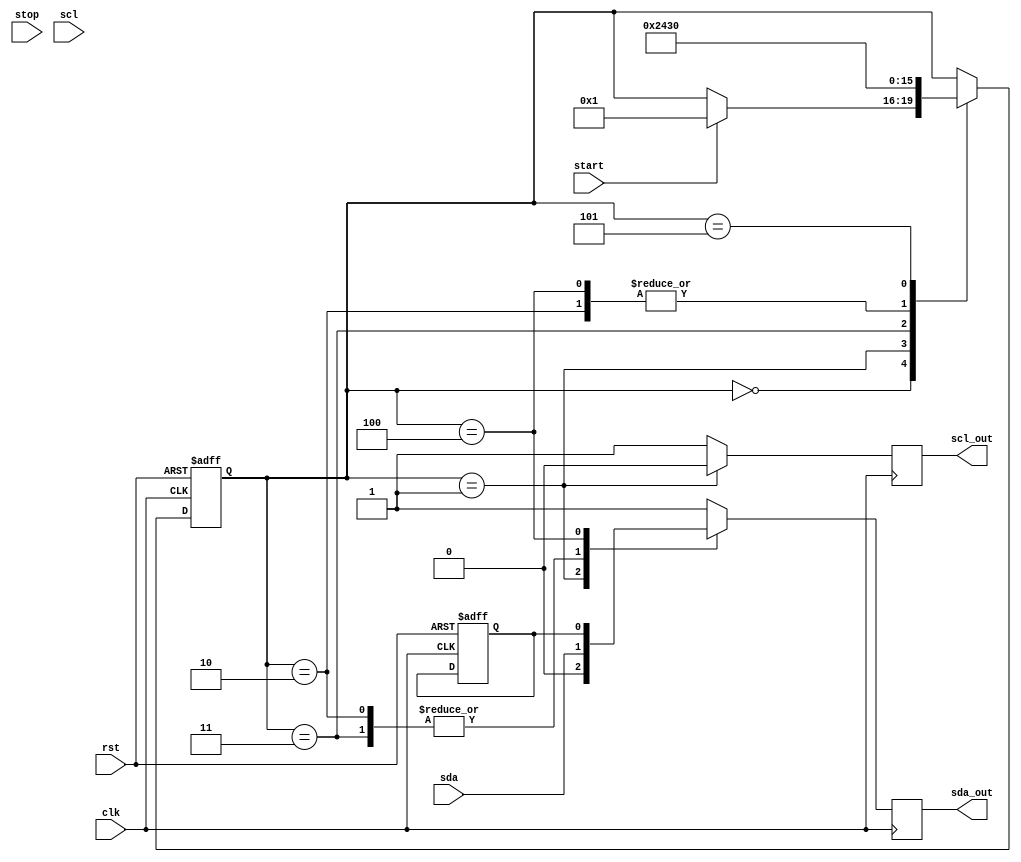
module i2c_controller (
    input wire clk,
    input wire rst,
    input wire start,
    input wire stop,
    input wire sda,
    input wire scl,
    output reg sda_out,
    output reg scl_out
);

// Clock Divider for generating SCL frequency
reg [15:0] clk_div;
reg [7:0] clk_counter;
always @(posedge clk or posedge rst) begin
    if(rst) begin
        clk_div <= 16'h0000;
        clk_counter <= 8'h00;
    end else begin
        if(clk_counter == 8'hFF)begin
            clk_counter <= 8'h00;
            clk_div <= clk_div + 1;
        end else begin
            clk_counter <= clk_counter + 1;
        end
    end
end

// I2C State Machine
reg [3:0] state;
parameter IDLE = 4'd0;
parameter START = 4'd1;
parameter ADDRESS = 4'd2;
parameter DATA = 4'd3;
parameter ACK = 4'd4;
parameter STOP = 4'd5;
always @(posedge clk or posedge rst) begin
    if(rst) begin
        state <= IDLE;
    end else begin
        case(state)
            IDLE: begin
                if (start) begin
                    state <= START;
                end
            end
            START: begin
                // generate START condition
                state <= ADDRESS;
            end
            ADDRESS: begin
                // send address of slave device
                state <= DATA;
            end
            DATA: begin
                // transmit/receive data
                state <= ACK;
            end
            ACK: begin
                // check ACK bit
                state <= DATA;
            end
            STOP: begin
                // generate STOP condition
                state <= IDLE;
            end
        endcase
    end
end

// Handshaking signals
reg ack;
always @(posedge clk or posedge rst) begin
    if(rst) begin
        ack <= 1'b0;
    end else begin
        // handle ACK/NACK signals
    end
end

// Error checking and correction mechanisms
// Implement error handling here

// SDA and SCL output logic
always @(posedge clk) begin
    case(state)
        START: begin
            sda_out <= 1'b0;
            scl_out <= 1'b0;
        end
        ADDRESS, DATA: begin
            sda_out <= sda; // input/output data
            scl_out <= 1'b1; // SCL high
        end
        ACK: begin
            sda_out <= ack; // ACK/NACK signal
            scl_out <= 1'b1; // SCL high
        end
        STOP: begin
            sda_out <= 1'b1;
            scl_out <= 1'b1;
        end
        default: begin
            sda_out <= 1'b1;
            scl_out <= 1'b1;
        end
    endcase
end

endmodule